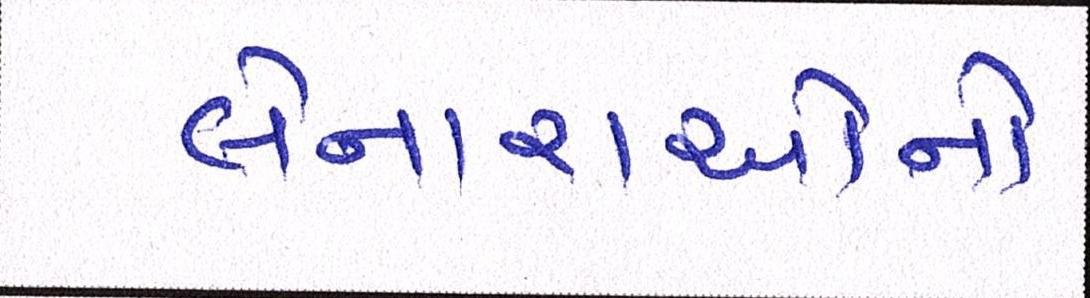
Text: લેનારાઓને